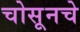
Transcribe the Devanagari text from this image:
चोसूनचे